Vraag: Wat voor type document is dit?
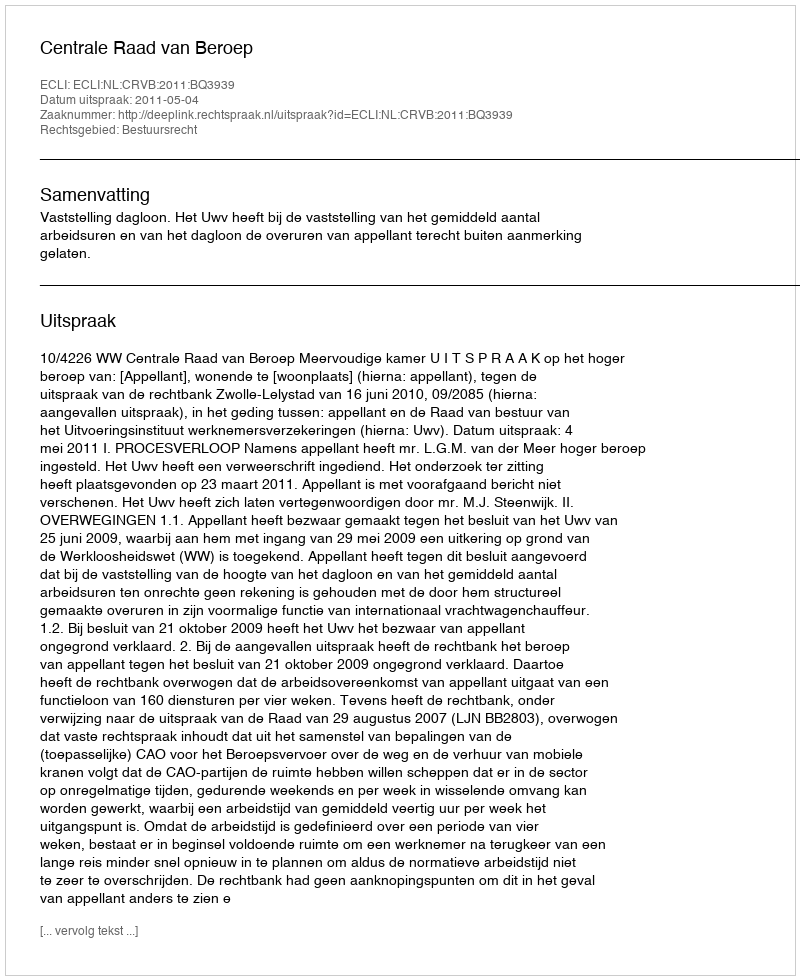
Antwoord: Uitspraak